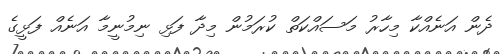
ދެން އަނެއްކާ މިހާރު މަސައްކަތް ކުރަމުން މިދާ ފަޅި ނިމުނީމާ އަނެއް ފަޅީގެ